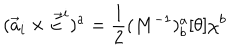
( { \vec { a } } _ { i } \times { \vec { E } } ^ { i } ) ^ { a } = \frac { 1 } { 2 } ( M ^ { - 1 } ) _ { b } ^ { a } [ \theta ] \chi ^ { b }